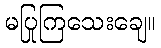
မပြုကြသေးချေ။